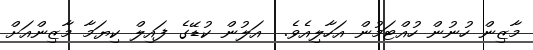
މާޒިން ހުނުން ހުއްޓަމުން އަހާލިއެވެ.  އަލުން ކުޑޭގެ ފައިލް ކިޔަމާ މާޒިންއަށް